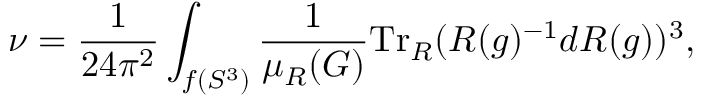
\nu = \frac { 1 } { 2 4 \pi ^ { 2 } } \int _ { f ( S ^ { 3 } ) } \frac { 1 } { \mu _ { R } ( G ) } \mathrm { T r } _ { R } ( R ( g ) ^ { - 1 } d R ( g ) ) ^ { 3 } ,